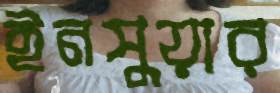
ইনসুয়ার